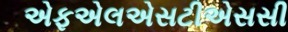
એફએલએસટીએસસી